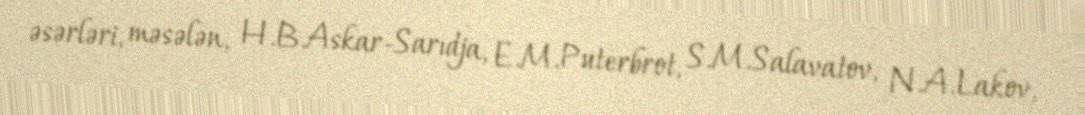
əsərləri, məsələn, H.B.Askar-Sarıdja, E.M.Puterbrot, S.M.Salavatov, N.A.Lakov,